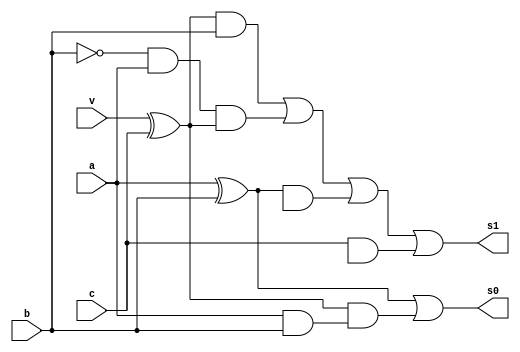
// ---------------------
// Guia 05 Ex01
// Nome: Felipe Barros Silva
// ---------------------


module somacompleto ( s0, s1, a, b, c, v);
output s0, s1;
input a, b, c, v;
wire temp0, temp1, temp2, temp3, temp4, temp5, temp6, temp7, temp8, temp9, temp10, temp11, temp12, temp13;
or Or1 (s0, temp0, temp1);
or Or2 (s1, temp2, temp3, temp4, temp5);
xor Xor1 (temp0, a, b);
and And1 (temp1, temp6, temp7);
xor Xor2 (temp6, v, c);
and And2 (temp7, a, b);
and And3 (temp2, temp6, b);
and And4 (temp3, temp8, a, temp6);
not Not1 (temp8 , b);
and And5 (temp4, temp0, temp9);
and And6 (temp5, c, temp10);
and And7 (temp11, c, v);
or Or3 (temp12, v, temp13);
and And8 (temp13, b, a, v);

//end module
endmodule

module teste;
  // FAZER DESCRICAO DO MODULO DE TESTES.
endmodule